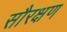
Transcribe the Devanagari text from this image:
सौरक्षण